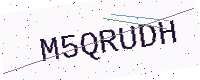
Text: M5QRUDH